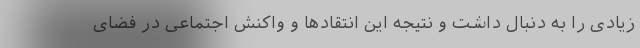
زیادی را به دنبال داشت و نتیجه این انتقادها و واکنش اجتماعی در فضای